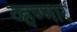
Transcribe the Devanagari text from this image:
व्हण्णार